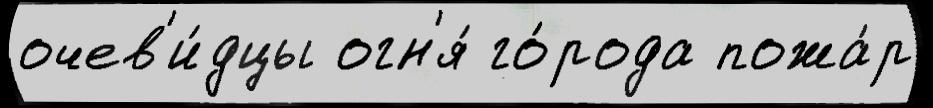
очев'и́дцы огн'я́ го́рода пожа́р